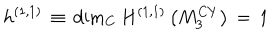
h ^ { ( 1 , 1 ) } \, \equiv \, \mathrm { d i m } _ { \bf C } \, H ^ { ( 1 , 1 ) } \left( M _ { 3 } ^ { C Y } \right) \, = \, 1